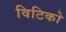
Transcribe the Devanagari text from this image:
विटिको